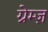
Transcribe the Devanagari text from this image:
ग्रेम्ज़